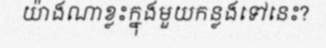
យ៉ាងណាខ្លះក្នុងមួយកន្លងទៅនេះ?